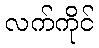
လက်ကိုင်